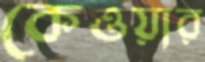
কেওয়ার